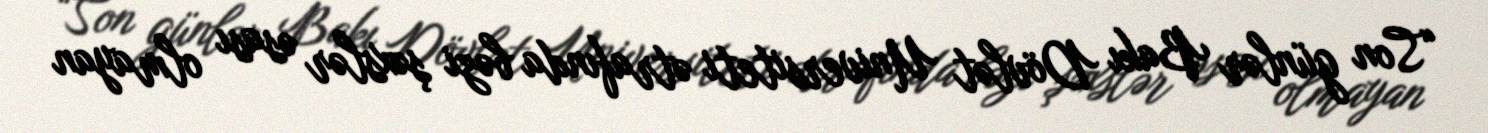
“Son günlər Bakı Dövlət Universiteti ətrafında bəzi şəxslər əsası olmayan